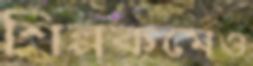
শিল্পকর্মেও